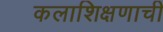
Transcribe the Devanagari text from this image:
कलाशिक्षणाची